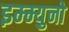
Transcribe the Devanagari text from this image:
इम्म्युनो